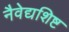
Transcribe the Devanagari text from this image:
नैवेद्यशिष्ट